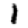
Digit: 1